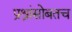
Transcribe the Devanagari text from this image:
प्रश्नांसोबतच